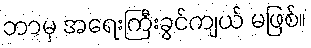
ဘာမှ အရေးကြီးခွင်ကျယ် မဖြစ်။